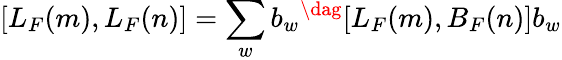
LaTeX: [L_{F}(m),L_{F}(n)]=\sum_{w}b_{w}{}^{\dag}[L_{F}(m),B_{F}(n)]b_{w}